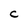
Character: C